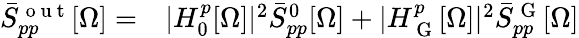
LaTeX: \begin{array}{rl}{\bar{S}_{pp}^{\mathrm{~o~u~t~}}[\Omega]=}&{{}|H_{0}^{p}[\Omega]|^{2}\bar{S}_{pp}^{0}[\Omega]+|H_{\mathrm{~G~}}^{p}[\Omega]|^{2}\bar{S}_{pp}^{\mathrm{~G~}}[\Omega]}\end{array}